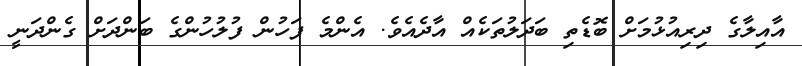
އާއިލާގެ ދިރިއުޅުމަށް ބޮޑެތި ބަދަލުތަކެއް އާދެއެވެ. އެންމެ ފަހުން ފުލުހުންގެ ބަންދަށް ގެންދަނީ